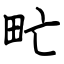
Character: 甿